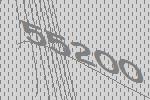
55200